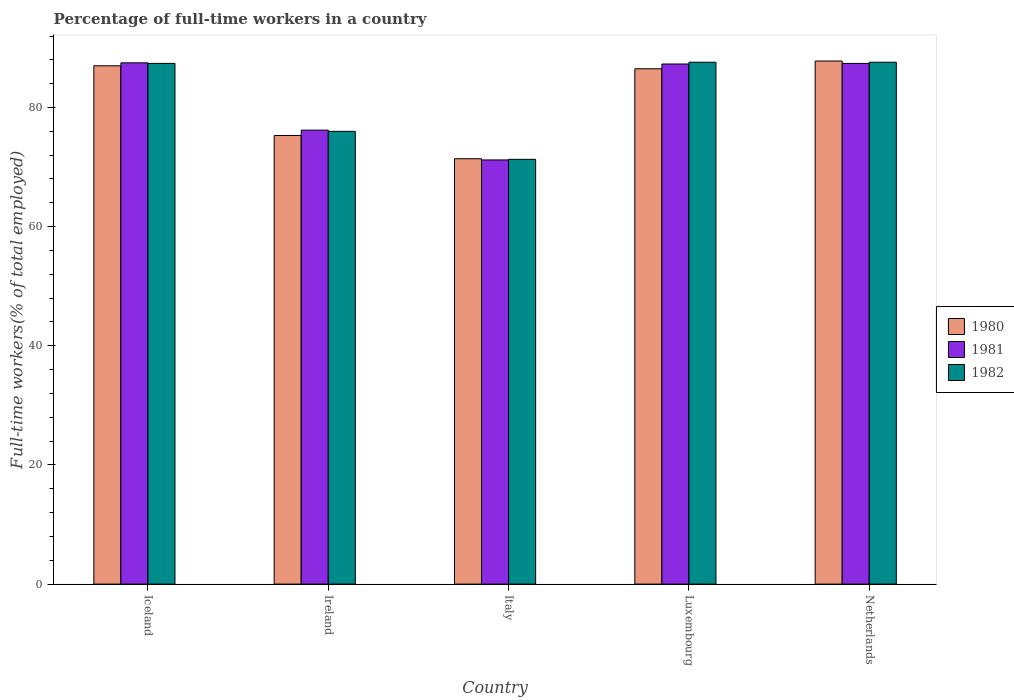
| Country | 1980 | 1981 | 1982 |
 | --- | --- | --- | --- |
 | Iceland | 87 | 87.5 | 87.4 |
 | Ireland | 75.3 | 76.2 | 76 |
 | Italy | 71.4 | 71.2 | 71.3 |
 | Luxembourg | 86.5 | 87.3 | 87.6 |
 | Netherlands | 87.8 | 87.4 | 87.6 |